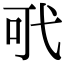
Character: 𢎄